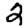
Digit: 2